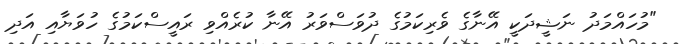
"މުހައްމަދު ނަޝީދަކީ އޭނާގެ ވެރިކަމުގެ ދުވަސްވަރު އޭނާ ކުރެއްވި ރައީސްކަމުގެ ހުވަޔާއި އަދި